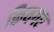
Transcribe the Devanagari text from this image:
कियगए